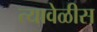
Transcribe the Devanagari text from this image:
त्यावेळीस